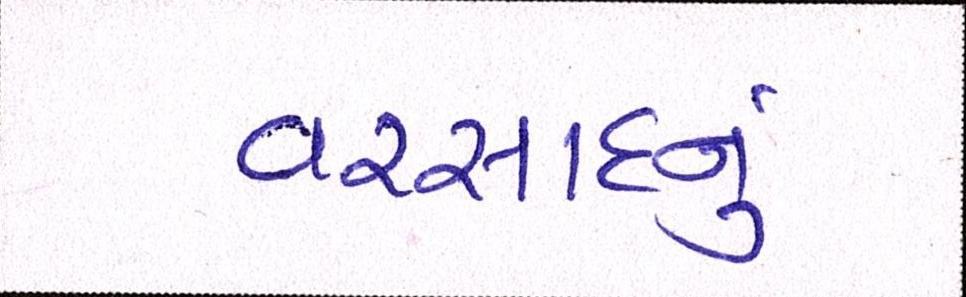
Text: વરસાદનું